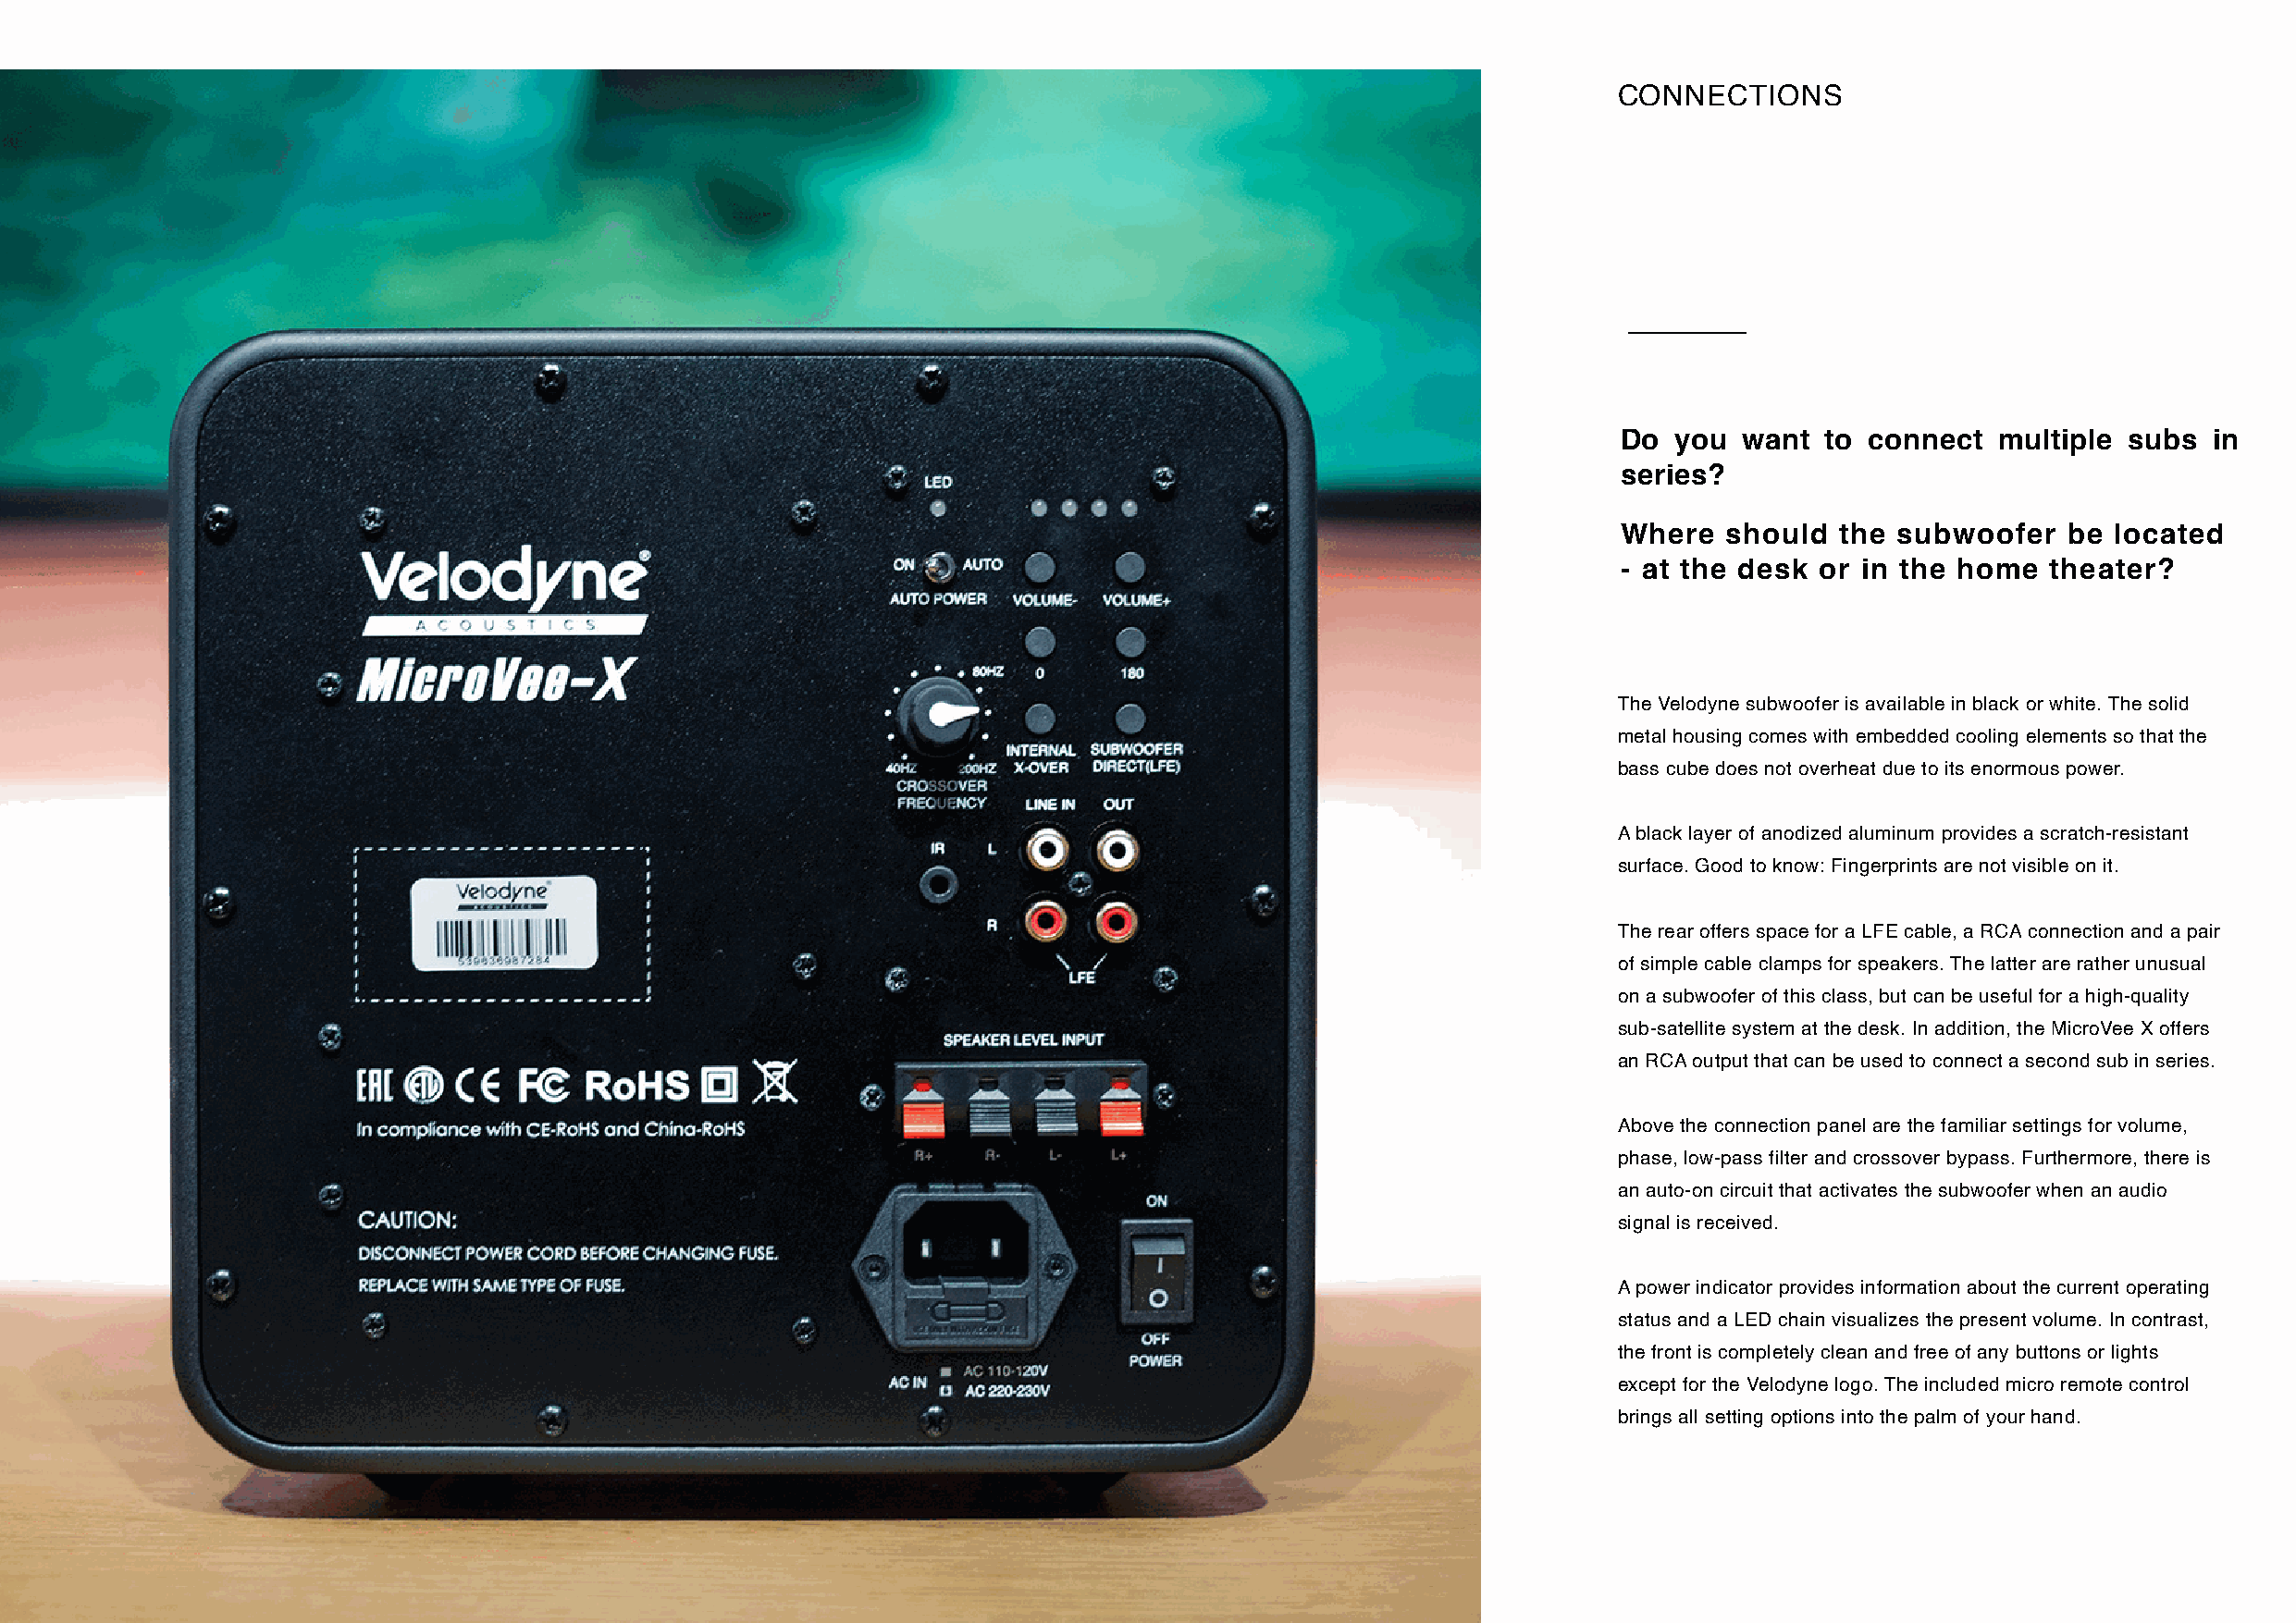
CONNECTIONS
 Do  you  want  to connect  multiple subs  in
 series?
 Where   should  the subwoofer   be located
 - at the desk or in the home   theater?
 The Velodyne subwoofer is available in black or white. The solid
 metal housing comes with embedded cooling elements so that the
 bass cube does not overheat due to its enormous power.
 A black layer of anodized aluminum provides a scratch-resistant
 surface. Good to know: Fingerprints are not visible on it.
 The rear offers space for a LFE cable, a RCA connection and a pair
 of simple cable clamps for speakers. The latter are rather unusual
 on a subwoofer of this class, but can be useful for a high-quality
 sub-satellite system at the desk. In addition, the MicroVee X offers
 an RCA output that can be used to connect a second sub in series.
 Above the connection panel are the familiar settings for volume,
 phase, low-pass filter and crossover bypass. Furthermore, there is
 an auto-on circuit that activates the subwoofer when an audio
 signal is received.
 A power indicator provides information about the current operating
 status and a LED chain visualizes the present volume. In contrast,
 the front is completely clean and free of any buttons or lights
 except for the Velodyne logo. The included micro remote control
 brings all setting options into the palm of your hand.